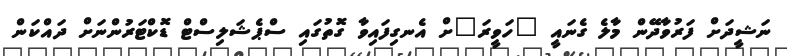
ނަޝީދަށް ފަރުވާދޭން މާލެ ގެނައީ "ހަވީރަ"ށް އެނގިފައިވާ ގޮތުގައި ސްޕެޝަލިސްޓް ޑޮކްޓަރުންނަށް ދައްކަން